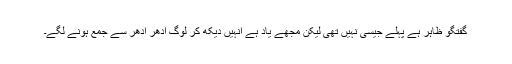
گفتگو ظاہر ہے پہلے جیسی نہیں تھی لیکن مجھے یاد ہے انہیں دیکھ کر لوگ ادھر ادھر سے جمع ہونے لگے۔